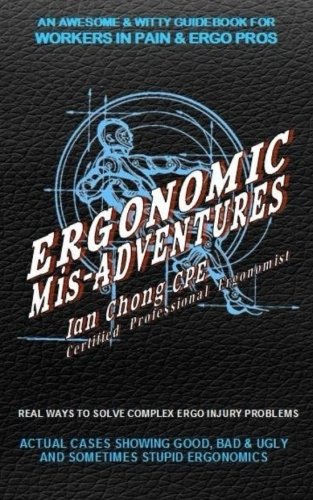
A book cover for Ergonomic Mis-Adventures: An Awesome Guidebook for Injured Workers & Ergo Pros; Ian Chong CPE; Health, Fitness & Dieting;